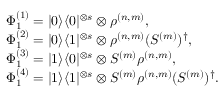
\begin{array} { r l } & { \Phi _ { 1 } ^ { ( 1 ) } = | 0 \rangle \langle 0 | ^ { \otimes s } \otimes \rho ^ { ( n , m ) } , } \\ & { \Phi _ { 1 } ^ { ( 2 ) } = | 0 \rangle \langle 1 | ^ { \otimes s } \otimes \rho ^ { ( n , m ) } ( S ^ { ( m ) } ) ^ { \dag } , } \\ & { \Phi _ { 1 } ^ { ( 3 ) } = | 1 \rangle \langle 0 | ^ { \otimes s } \otimes S ^ { ( m ) } \rho ^ { ( n , m ) } , } \\ & { \Phi _ { 1 } ^ { ( 4 ) } = | 1 \rangle \langle 1 | ^ { \otimes s } \otimes S ^ { ( m ) } \rho ^ { ( n , m ) } ( S ^ { ( m ) } ) ^ { \dag } . } \end{array}